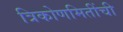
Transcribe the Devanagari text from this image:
त्रिकोणमितींची